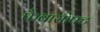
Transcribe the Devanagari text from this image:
फैबासोफ्ट